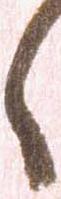
へ